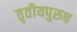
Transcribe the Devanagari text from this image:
तृतीयपुरुष